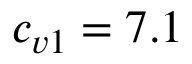
c _ { v 1 } = 7 . 1